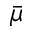
\bar { \mu }